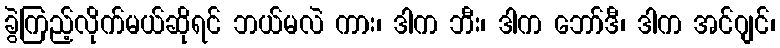
ခွဲကြည့်လိုက်မယ်ဆိုရင် ဘယ်မလဲ ကား၊ ဒါက ဘီး၊ ဒါက ဘော်ဒီ၊ ဒါက အင်ဂျင်၊